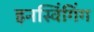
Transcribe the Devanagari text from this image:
इनस्विंगिंग